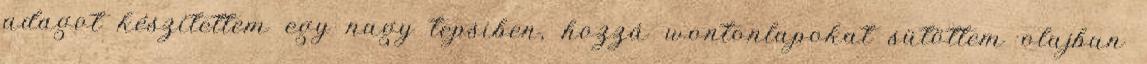
adagot készítettem egy nagy tepsiben, hozzá wontonlapokat sütöttem olajban